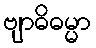
ဗျာဓိဓမ္မာ